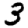
Digit: 3